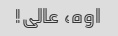
اوه، عالی!